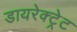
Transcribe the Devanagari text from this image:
डायरेक्ट्रेट